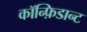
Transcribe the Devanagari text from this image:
कॉन्फ़िडान्ट